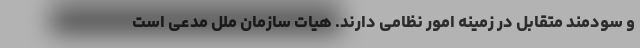
و سودمند متقابل در زمینه امور نظامی دارند. هیات سازمان ملل مدعی است